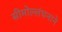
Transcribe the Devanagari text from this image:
सीमोल्लंघनाने